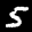
Digit: 5